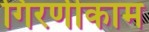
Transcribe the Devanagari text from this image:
गिरणीकाम